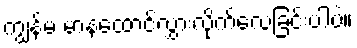
ကျွန်မ မာနထောင်လွှားလိုက်လေခြင်းပါပဲ။